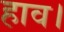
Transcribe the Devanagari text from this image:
हाव।